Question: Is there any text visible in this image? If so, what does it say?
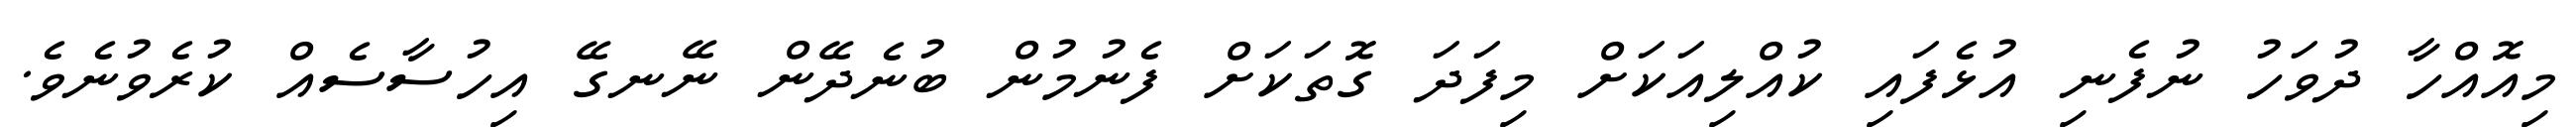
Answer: މިއޮއްހާ ދުވަހު ނުފެނި އުޅެފައި ކުއްލިއަކަށް މިފަދަ ގޮތަކަށް ފެނުމުން ބުނެދޭން ނޭނގޭ އިހުސާސެއް ކުރެވުނެވެ.